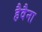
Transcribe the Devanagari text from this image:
हैवैना